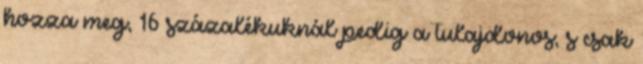
hozza meg, 16 százalékuknál pedig a tulajdonos; s csak